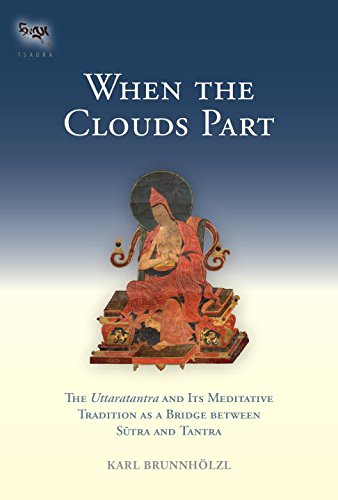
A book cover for When the Clouds Part: The Uttaratantra and Its Meditative Tradition as a Bridge between Sutra and Tantra (Tsadra); Religion & Spirituality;